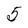
Character: 5